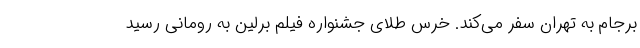
برجام به تهران سفر می‌کند. خرس طلای جشنواره فیلم برلین به رومانی رسید